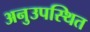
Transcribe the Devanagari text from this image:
अनुउपस्थित